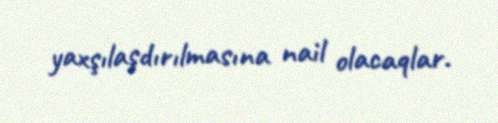
yaxşılaşdırılmasına nail olacaqlar.